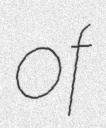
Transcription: of